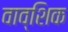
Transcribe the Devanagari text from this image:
वाव्शिक